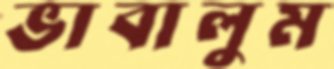
ভাবালুম